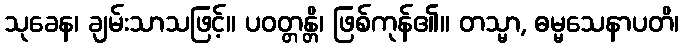
သုခေန၊ ချမ်းသာသဖြင့်။ ပဝတ္တန္တိ၊ ဖြစ်ကုန်၏။ တသ္မာ, ဓမ္မသေနာပတိ၊